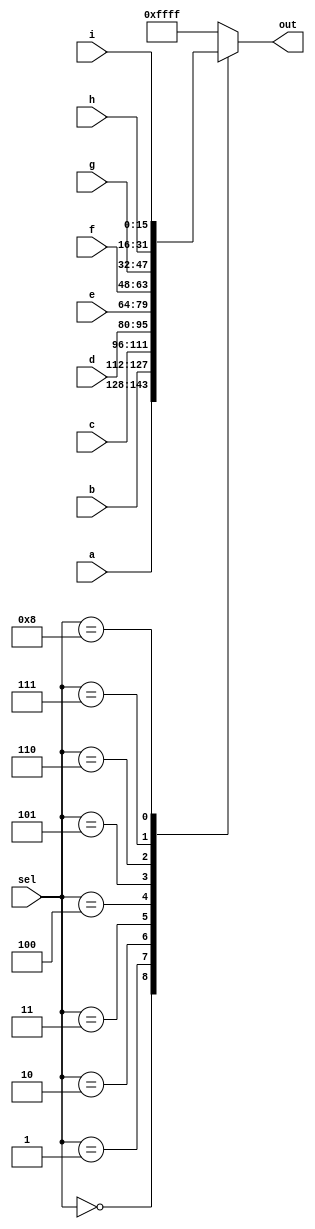
//
//
// https://hdlbits.01xz.net/wiki/Mux9to1v
//
//

`default_nettype none

module top_module (
    input   [15:0]  a,
    input   [15:0]  b,
    input   [15:0]  c,
    input   [15:0]  d,
    input   [15:0]  e,
    input   [15:0]  f,
    input   [15:0]  g,
    input   [15:0]  h,
    input   [15:0]  i,
    input   [3:0]   sel,
    output  [15:0]  out
);

    reg     [15:0]  value;

    always @(*) begin
        case (sel)
        4'h0    : value = a;
        4'h1    : value = b;
        4'h2    : value = c;
        4'h3    : value = d;
        4'h4    : value = e;
        4'h5    : value = f;
        4'h6    : value = g;
        4'h7    : value = h;
        4'h8    : value = i;
        default : value = {16{1'b1}};
        endcase
    end

    assign out = value;

endmodule